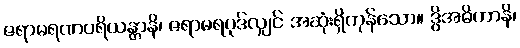
ဇရာမရဏပရိယန္တာနိ၊ ဇရာမရပုဒ်လျှင် အဆုံးရှိကုန်သော။ ဒွိအဓိကာနိ၊